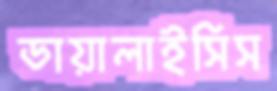
ডায়ালাইসিস